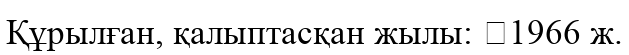
Құрылған, қалыптасқан жылы: 	1966 ж.